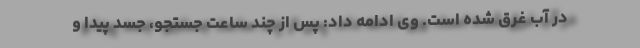
در آب غرق شده است. وی ادامه داد: پس از چند ساعت جستجو، جسد پیدا و